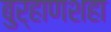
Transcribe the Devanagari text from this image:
बुऱ्हाणशहा